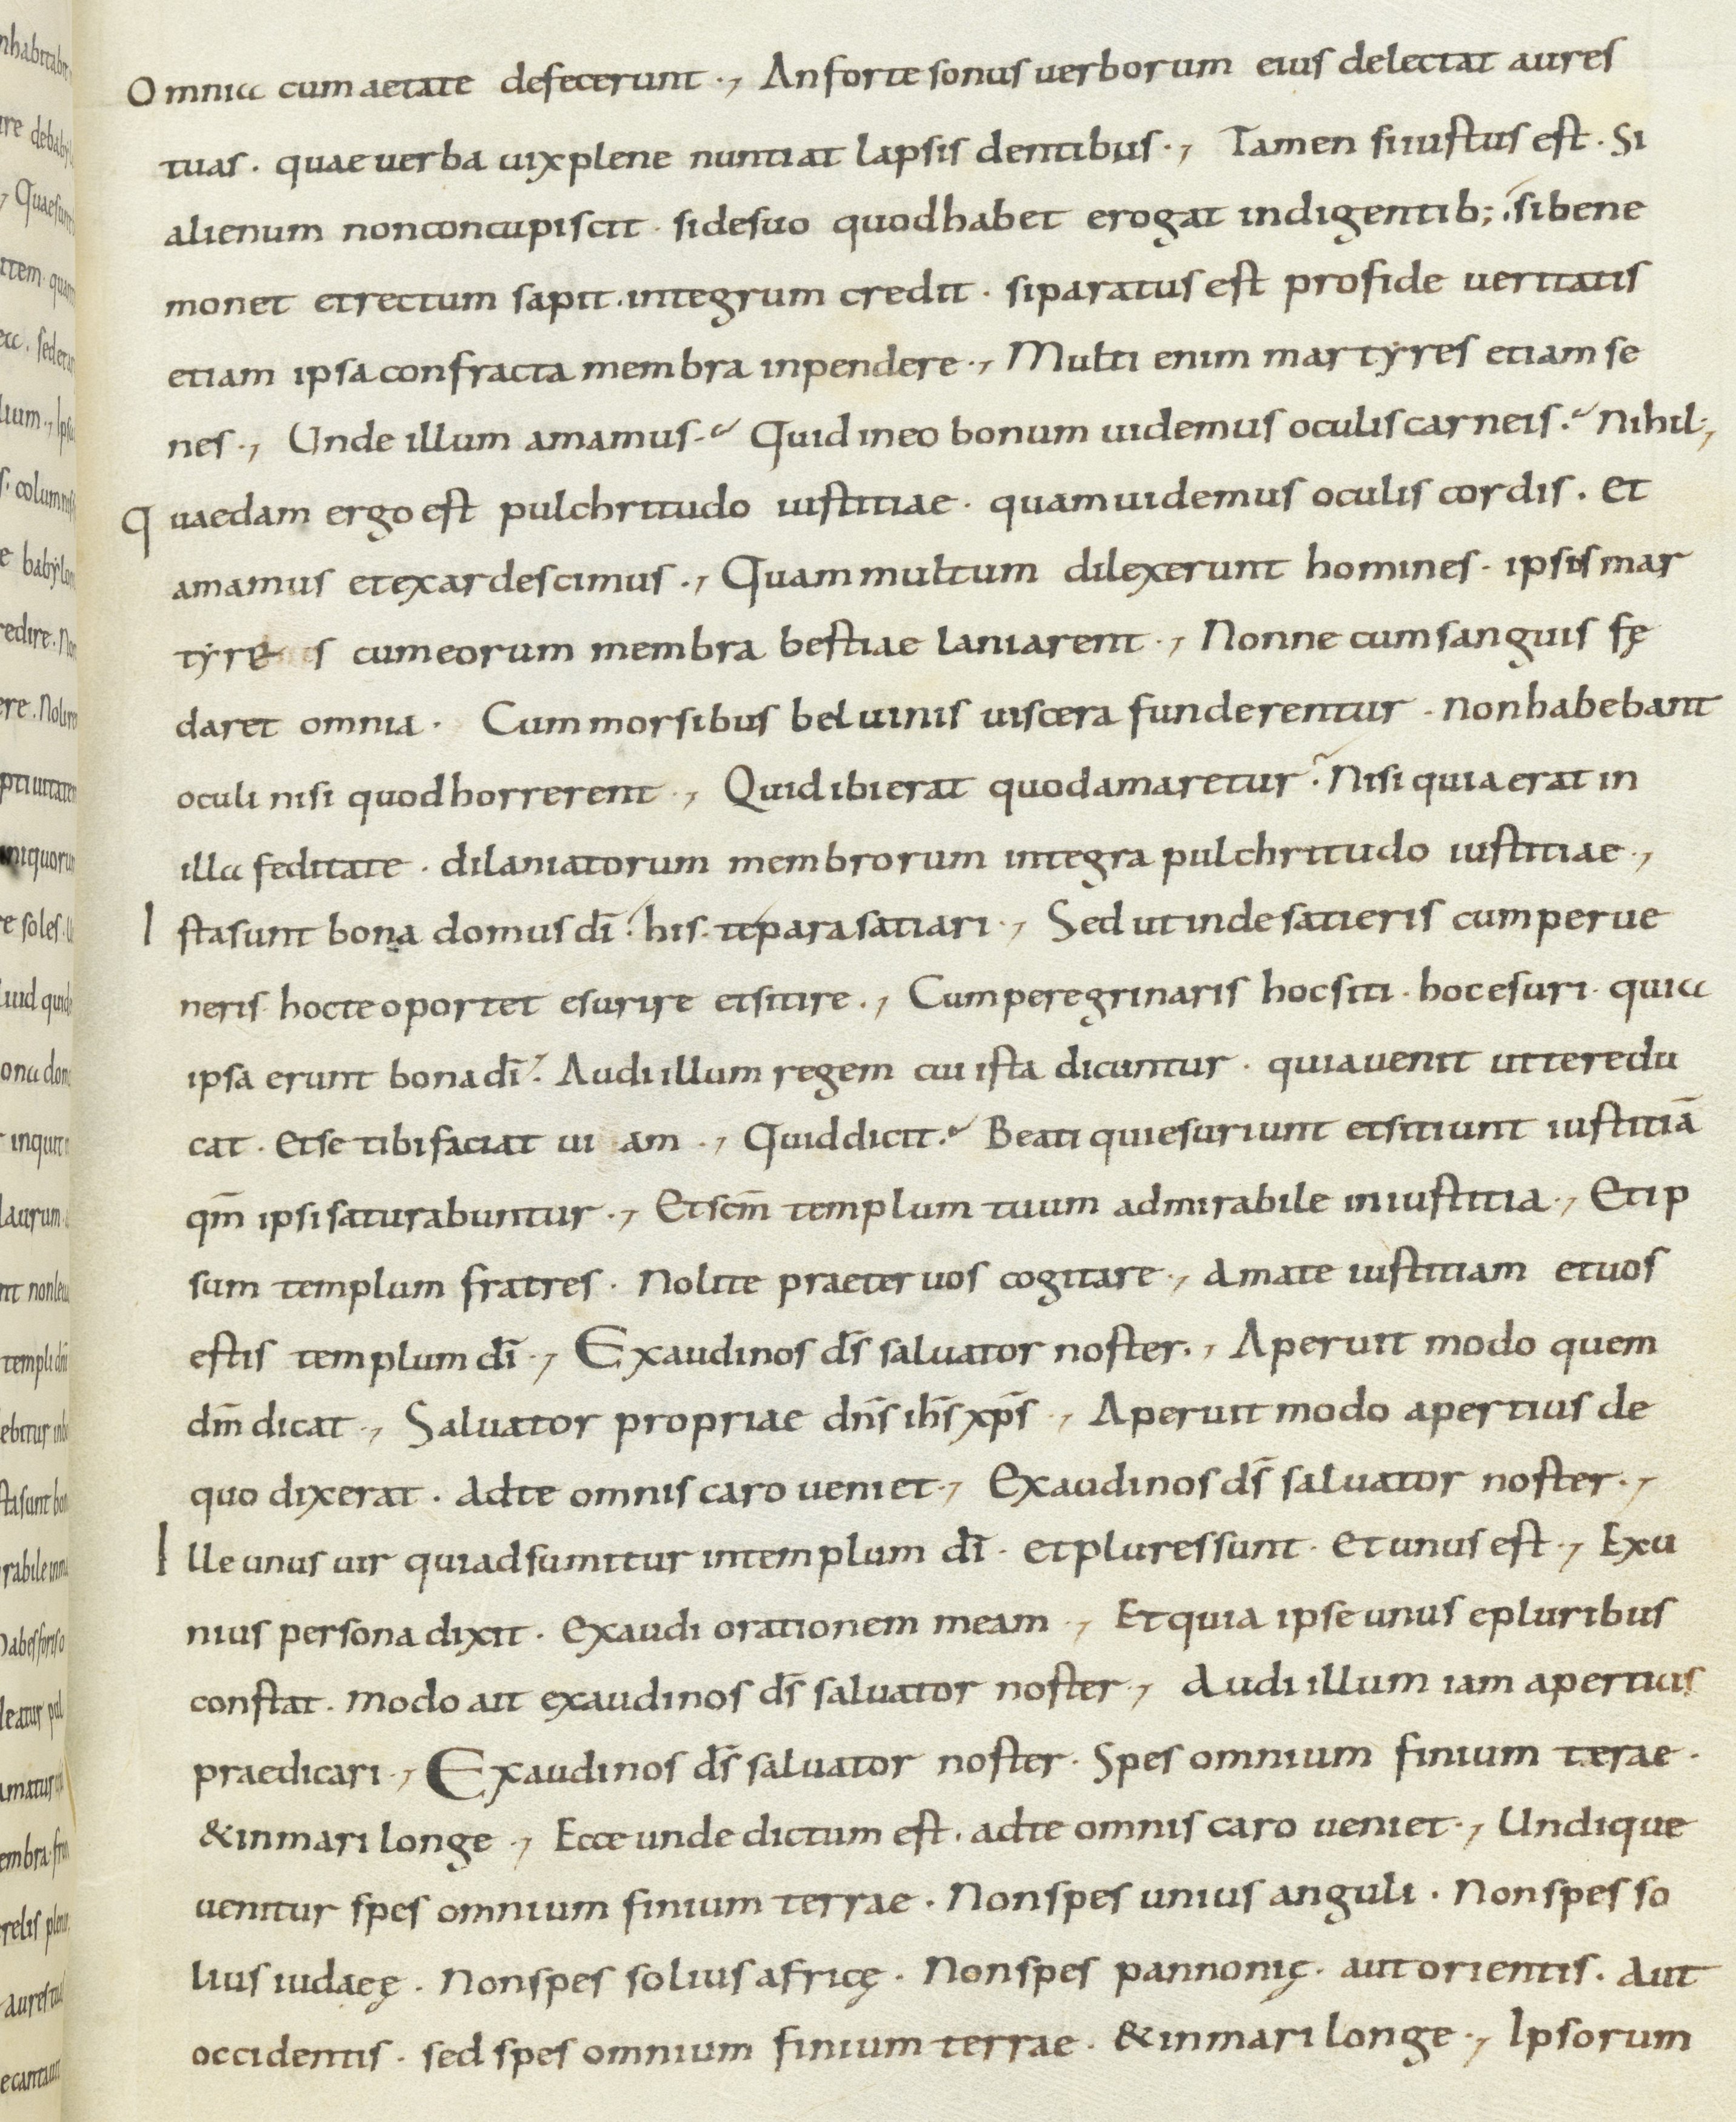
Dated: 800–899